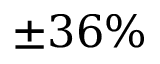
\pm 3 6 \%